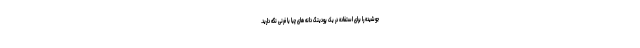
جوشیده را برای استفاده در یک پودینگ دانه های چیا یا فرنی نگه دارید.